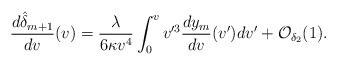
LaTeX: \begin{align*} \frac{d\hat{\delta}_{m+1}}{dv}(v)=\frac{\lambda}{6\kappa v^4}\int_0^vv'^3\frac{dy_m}{dv}(v')dv'+\mathcal{O}_{\delta_2}(1).\end{align*}